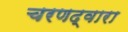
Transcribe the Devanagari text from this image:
चरणद्वारा